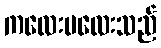
ကလေးမလေးသည်